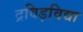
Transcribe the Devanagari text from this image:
द्रविड़विद्या